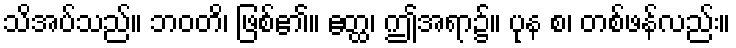
သိအပ်သည်။ ဘဝတိ၊ ဖြစ်၏။ ဧတ္ထ၊ ဤအရာ၌။ ပုန စ၊ တစ်ဖန်လည်း။